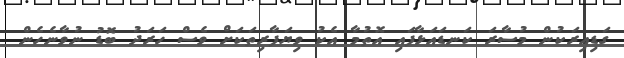
ގަޑިއިރަކުން މުސާރަ ކަނޑައަޅާފައި އޮތުމާ އެކު ވިޔަފާރިތަކަށް ވެސް ހަރަދު ބޮޑު ނުވާނެހެން